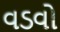
વડવો